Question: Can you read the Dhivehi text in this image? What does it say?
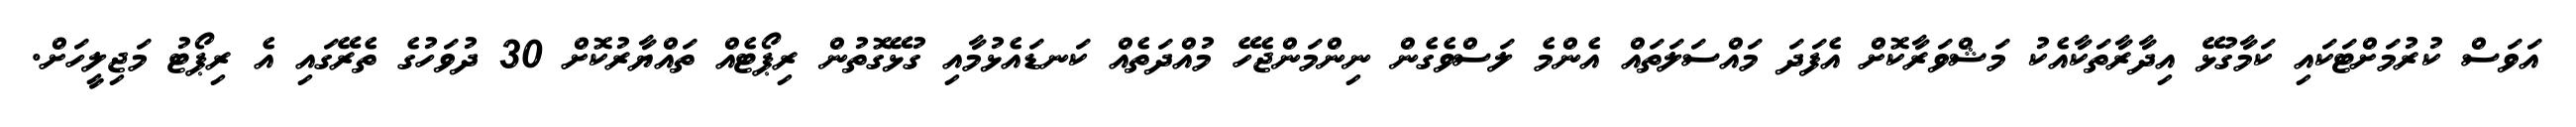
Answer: އަވަސް ކުރުމަށްޓަކައި ކަމާގުޅޭ އިދާރާތަކާއެކު މަޝްވަރާކޮށް އެފަދަ މައްސަލަތައް އެންމެ ލަސްވެގެން ނިންމަންޖެހޭ މުއްދަތެއް ކަނޑައެޅުމާއި ގުޅޭގޮތުން ރިޕޯޓެއް ތައްޔާރުކޮށް 30 ދުވަހުގެ ތެރޭގައި އެ ރިޕޯޓު މަޖިލީހަށް.